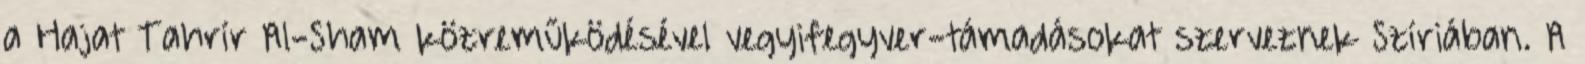
a Hajat Tahrír Al-Sham közreműködésével vegyifegyver-támadásokat szerveznek Szíriában. A